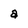
Character: a